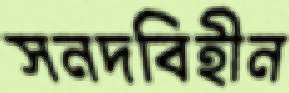
সনদবিহীন